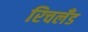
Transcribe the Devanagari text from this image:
रिचलँड